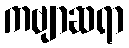
ကဗျာဆရာ